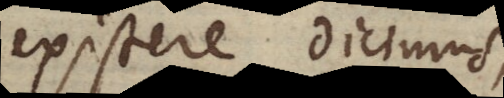
existere dicimus,